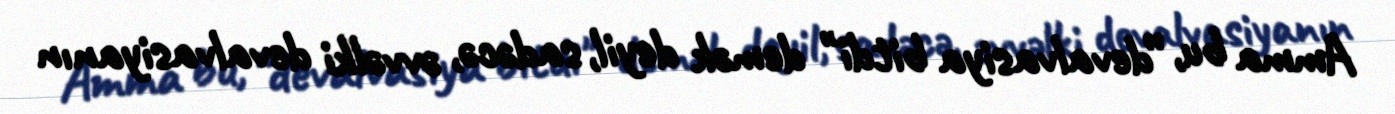
Amma bu, ”devalvasiya bitdi" demək deyil, sadəcə, əvvəlki devalvasiyanın